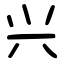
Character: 兴